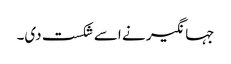
جہانگیر نے اسے شکست دی۔